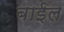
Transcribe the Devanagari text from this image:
बाईल